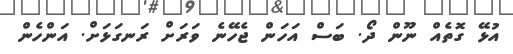
އުޅޭ ގޮތެއް ނޫން ދޯ. ބަސް އަހަން ޖެހޭނެ ވަރަށް ރަނގަޅަށް. އަންހެން